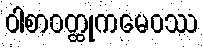
ဝါစာဝတ္ထုကမေဝဿ